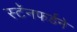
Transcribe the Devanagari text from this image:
स्टॅनफर्डने